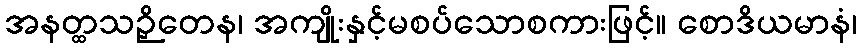
အနတ္ထသဉှိတေန၊ အကျိုးနှင့်မစပ်သောစကားဖြင့်။ စောဒိယမာနံ၊